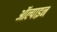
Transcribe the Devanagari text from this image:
ऑल्पाइन